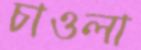
চাওলা